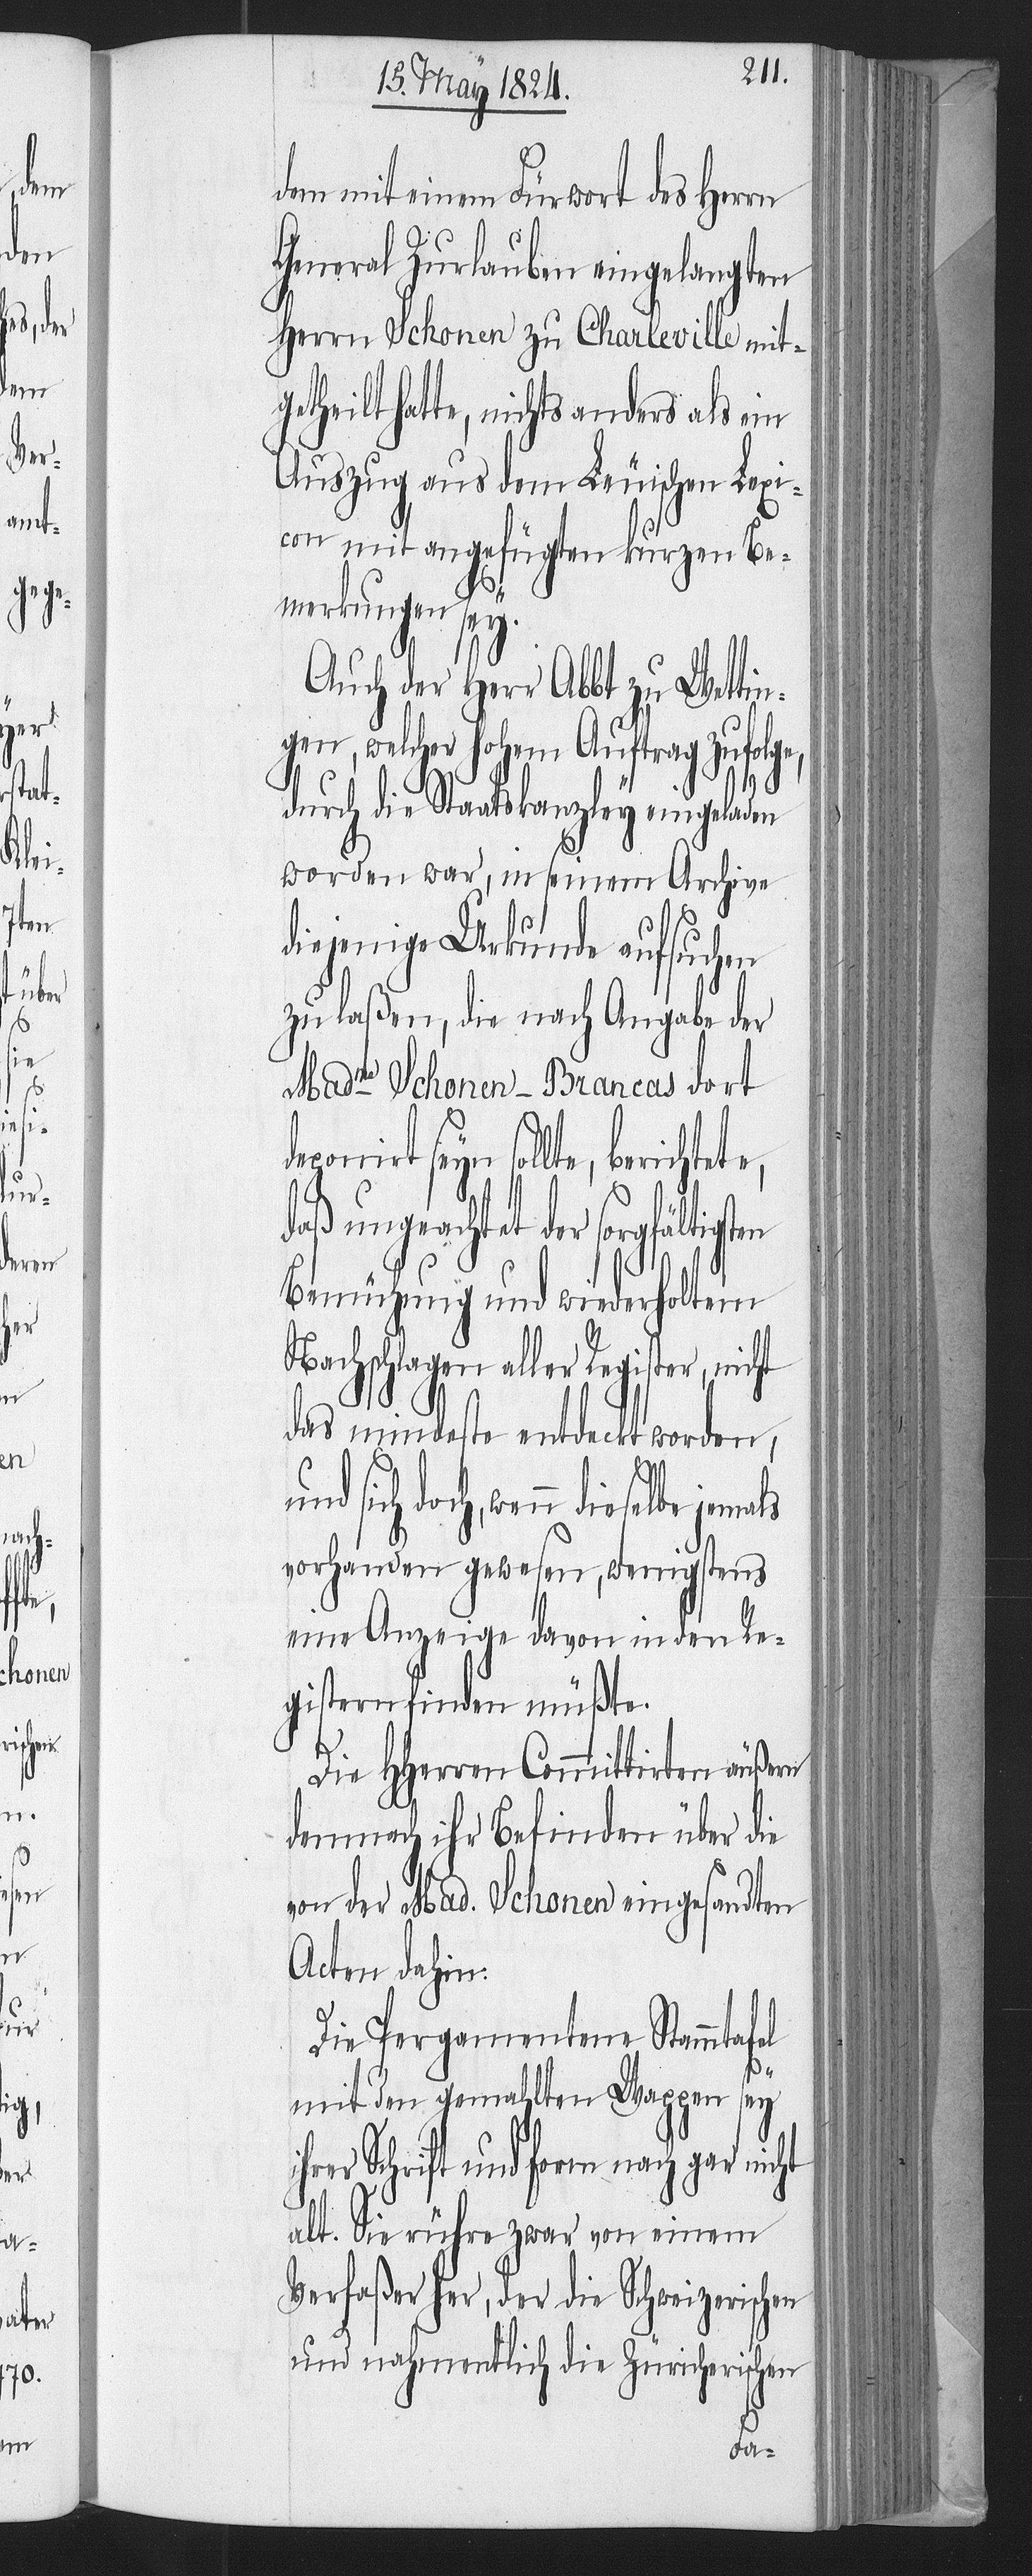
dem mit einem Fürwort des Herrn
General Zurlauben eingelangten
Herrn Schonen zu Charleville mit¬
getheilt hatte, nichts anders als ein
Auszug aus dem Leuischen Lexi¬
con mit angefügten kurzen Be¬
merkungen sey.
Auch der Herr Abbt zu Wettin¬
gen, welcher hohem Auftrag zufolge,
durch die Staatskanzley eingeladen
worden war, in seinem Archive
diejenige Urkunde aufsuchen
zu laßen, die nach Angabe der
Madme Schonen-Brancas dort
seyn sollte, berichtet¬
daß ungeachtet der sorgfältigs¬
Bemühung und widerholtem
Nachschlagen aller Register, nicht
das mindeste entdeckt worden,
doch, wenn dieselbe
vorhanden gewesen, wenigstens
eine Anzeige davon in den Re¬
gistern finden müßte.
Die HHerren Committirten äußern
demnach ihr Befinden über die
von der Mad. Schonen eingesandten
Acten dahin:
Die Pergamentene Stammtafel
i¬
mit den gemahlten Wappen sey
hrer Schrift und Form nach gar nicht
alt. Sie rühre zwar von einem
Verfaßer her, der die Schweizerischen
und nahmentlich die Zürcherischen
ten